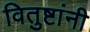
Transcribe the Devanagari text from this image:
वितुष्टांनी